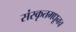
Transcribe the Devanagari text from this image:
संस्कृतमधूनच